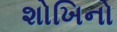
શોખિનો